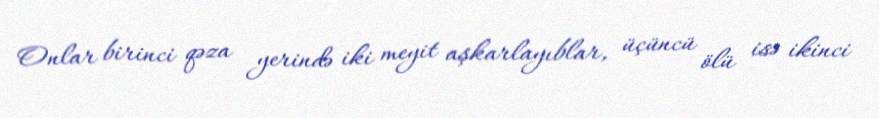
Onlar birinci qəza yerində iki meyit aşkarlayıblar, üçüncü ölü isə ikinci